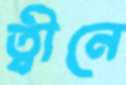
ত্বীনে